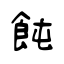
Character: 飩